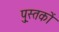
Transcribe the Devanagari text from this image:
पु्स्तकों